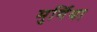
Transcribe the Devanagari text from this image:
मुर्गिया